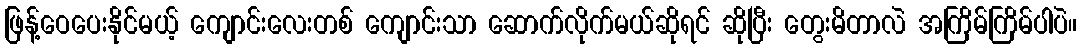
ဖြန့်ဝေပေးနိုင်မယ့် ကျောင်းလေးတစ် ကျောင်းသာ ဆောက်လိုက်မယ်ဆိုရင် ဆိုပြီး တွေးမိတာလဲ အကြိမ်ကြိမ်ပါပဲ။